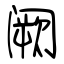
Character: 阙